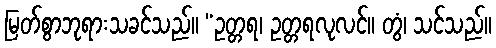
မြတ်စွာဘုရားသခင်သည်။ “ဥတ္တရ၊ ဥတ္တရလုလင်။ တွံ၊ သင်သည်။